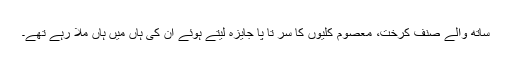
ساتھ والے صنف کرخت، معصوم کلیوں کا سر تا پا جایزہ لیتے ہوئے ان کی ہاں میں ہاں ملا رہے تھے۔